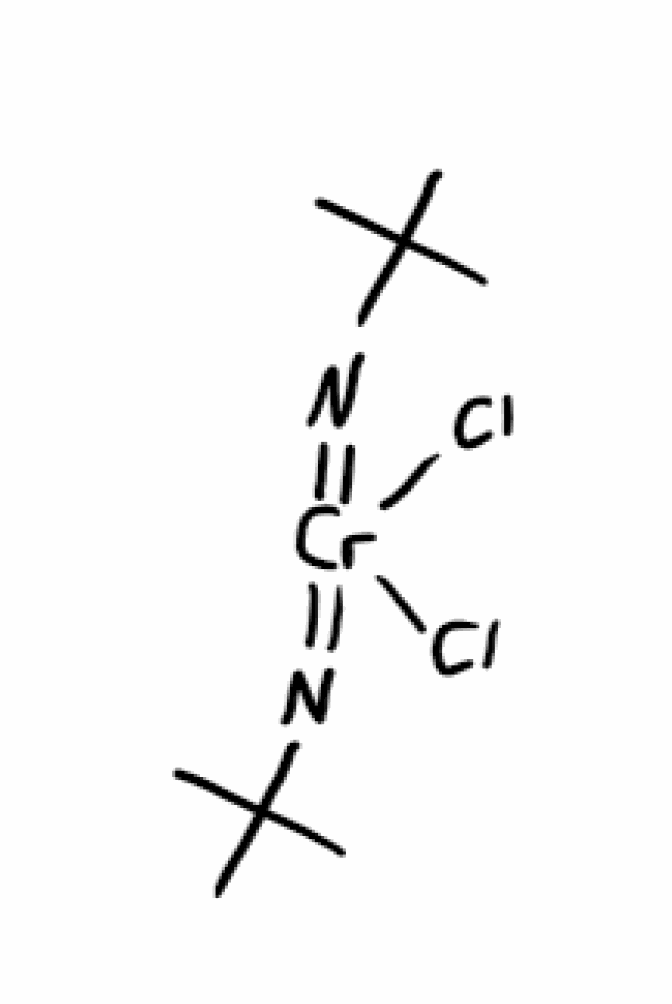
Simplified molecular-input line-entry system (SMILES) notation of the given molecule:
CC(C)(C)N=[Cr](=NC(C)(C)C)(Cl)Cl